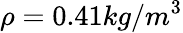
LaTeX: \rho=0.41kg/m^{3}